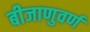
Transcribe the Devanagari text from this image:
बीजाणुवर्ण